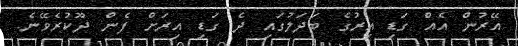
އޭރުން އެއް ގަޑި އިރުގެ ބަދަލުގައި ދެ ގަޑި އިރަށް ފެން ދޫކުރެވޭނެ.